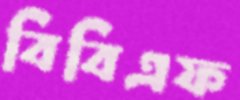
বিবিএফ